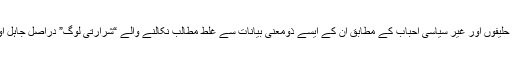
ان کے ہر دور میں بدلنے والے سیاسی حلیفوں اور غیر سیاسی احباب کے مطابق ان کے ایسے ذومعنی بیانات سے غلط مطالب نکالنے والے “شرارتی لوگ” دراصل جاہل اور دقیانوسی خیالات رکھنے والے ہیں۔